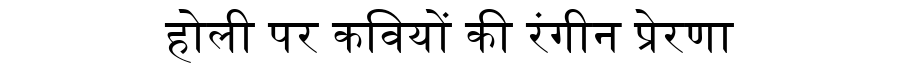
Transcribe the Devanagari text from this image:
होली पर कवियों की रंगीन प्रेरणा